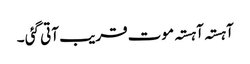
آہستہ آہستہ موت قریب آتی گئی ۔